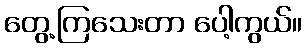
တွေ့ကြသေးတာ ပေါ့ကွယ်။